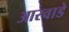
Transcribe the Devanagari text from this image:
आरवाडे